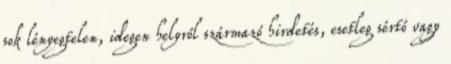
sok lényegtelen, idegen helyről származó hirdetés, esetleg sértő vagy